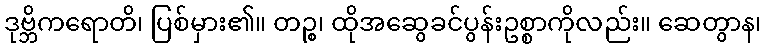
ဒုဗ္ဘိကရောတိ၊ ပြစ်မှား၏။ တဉ္စ၊ ထိုအဆွေခင်ပွန်းဥစ္စာကိုလည်း။ ဆေတွာန၊